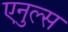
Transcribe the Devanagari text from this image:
एनुल्स